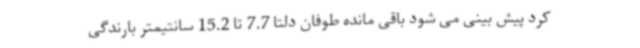
کرد پیش بینی می شود باقی مانده طوفان دلتا 7.7 تا 15.2 سانتیمتر بارندگی